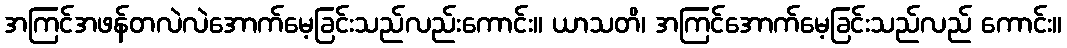
အကြင်အဖန်တလဲလဲအောက်မေ့ခြင်းသည်လည်းကောင်း။ ယာသတိ၊ အကြင်အောက်မေ့ခြင်းသည်လည် ကောင်း။